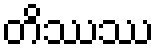
တိဿဿ